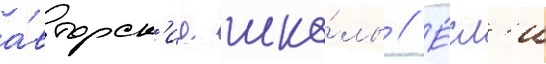
а́вторск'ие шко́лы // Е́сл'и